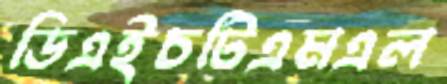
ডিএইচটিএমএল